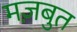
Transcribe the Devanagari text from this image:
मज़बुत